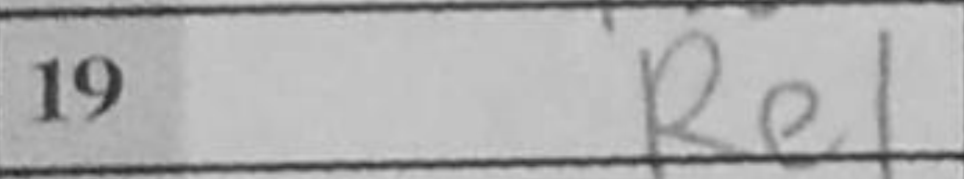
Transcription: Re1